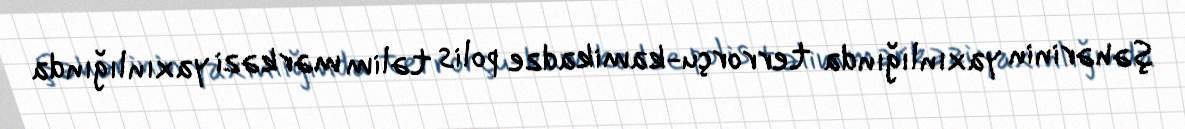
şəhərinin yaxınlığında terrorçu-kamikadze polis təlim mərkəzi yaxınlığında